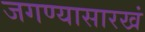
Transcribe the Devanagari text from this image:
जगण्यासारखं